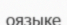
оязыке